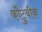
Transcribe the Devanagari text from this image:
कौटुंबीक